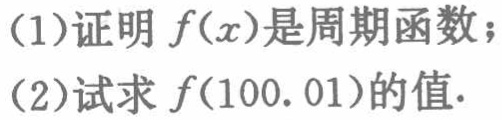
(1)证明\(f(x)\)是周期函数；
(2)试求\(f(100.01)\)的值.